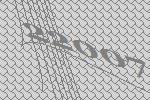
22007